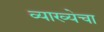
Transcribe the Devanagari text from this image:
व्याख्येचा